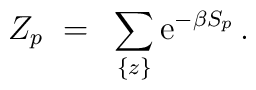
Z_p ~=~ \sum_{\{z\}} {\rm e}^{-\beta S_p} \, .